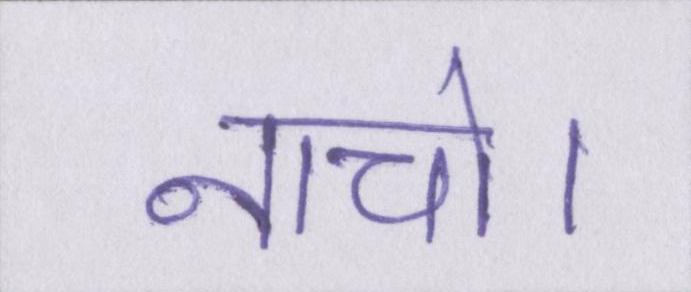
नाचो।